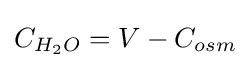
C_{H_{2}O}=V-C_{osm}